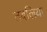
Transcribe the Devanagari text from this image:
तबलिया